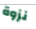
نزوة